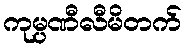
ကုမ္ပဏီလီမိတက်